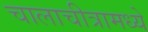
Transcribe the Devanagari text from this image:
चालाचीत्रामध्ये